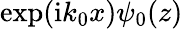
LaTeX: \exp(\mathrm{i}k_{0}x)\psi_{0}(z)